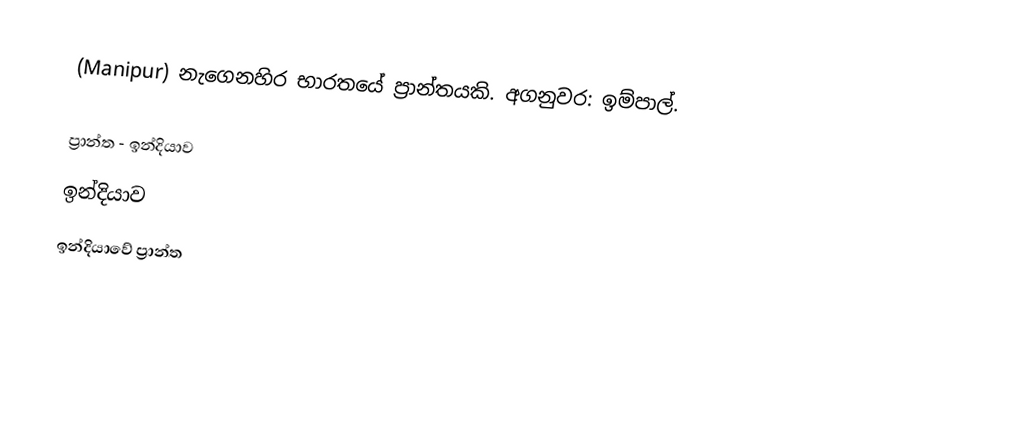
(Manipur) නැගෙනහිර භාරතයේ ප්‍රාන්තයකි. අගනුවර: ඉම්පාල්.

ප්‍රාන්ත - ඉන්දියාව
ඉන්දියාව
ඉන්දියාවේ ප්‍රාන්ත